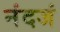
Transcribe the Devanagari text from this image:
नंदजं